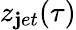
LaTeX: z_{\mathbf{j}et}(\tau)